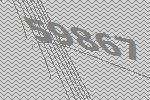
59867